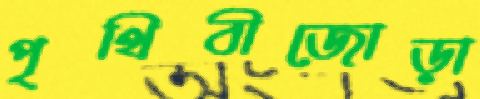
পৃথিবীজোড়া